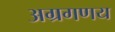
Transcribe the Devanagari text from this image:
अग्रगणय